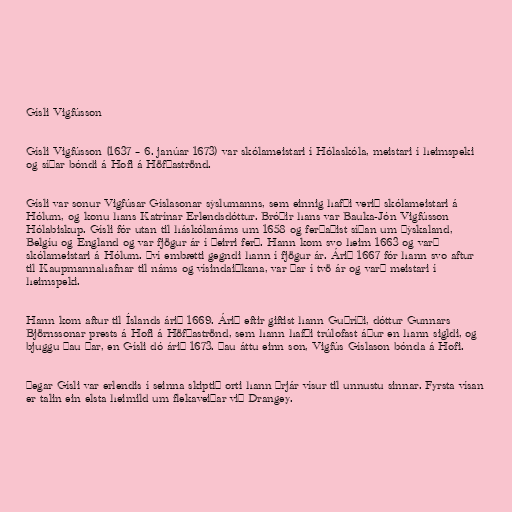
Gísli Vigfússon

Gísli Vigfússon (1637 – 6. janúar 1673) var skólameistari í Hólaskóla, meistari í heimspeki
og síðar bóndi á Hofi á Höfðaströnd.

Gísli var sonur Vigfúsar Gíslasonar sýslumanns, sem einnig hafði verið skólameistari á
Hólum, og konu hans Katrínar Erlendsdóttur. Bróðir hans var Bauka-Jón Vigfússon
Hólabiskup. Gísli fór utan til háskólanáms um 1658 og ferðaðist síðan um Þýskaland,
Belgíu og England og var fjögur ár í þeirri ferð. Hann kom svo heim 1663 og varð
skólameistari á Hólum. Því embætti gegndi hann í fjögur ár. Árið 1667 fór hann svo aftur
til Kaupmannahafnar til náms og vísindaiðkana, var þar í tvö ár og varð meistari í
heimspeki.

Hann kom aftur til Íslands árið 1669. Árið eftir giftist hann Guðríði, dóttur Gunnars
Björnssonar prests á Hofi á Höfðaströnd, sem hann hafði trúlofast áður en hann sigldi, og
bjuggu þau þar, en Gísli dó árið 1673. Þau áttu einn son, Vigfús Gíslason bónda á Hofi.

Þegar Gísli var erlendis í seinna skiptið orti hann þrjár vísur til unnustu sinnar. Fyrsta vísan
er talin ein elsta heimild um flekaveiðar við Drangey.